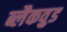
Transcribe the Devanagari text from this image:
ब्लैकव़ुड